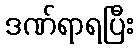
ဒဏ်ရာရပြီး